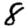
Digit: 8